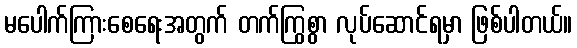
မပေါက်ကြားစေရေးအတွက် တက်ကြွစွာ လုပ်ဆောင်ရမှာ ဖြစ်ပါတယ်။